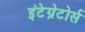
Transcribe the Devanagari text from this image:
इंटेग्रेटोर्स